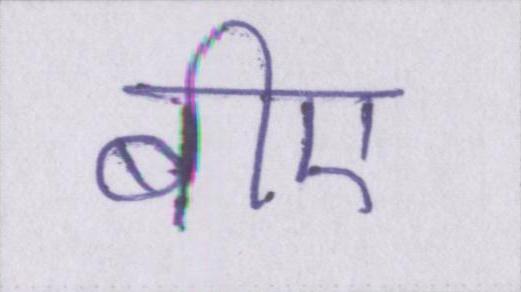
बीए